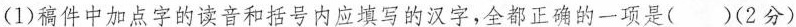
(1)稿件中加点字的读音和括号内应填写的汉字，全都正确的一项是( )(2分)